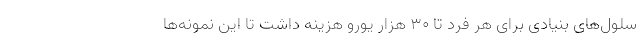
سلول‌های بنیادی برای هر فرد تا 30 هزار یورو هزینه داشت تا این نمونه‌ها